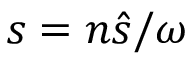
s = n \hat { s } / \omega